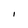
Character: I